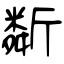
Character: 斴